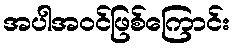
အပါအဝင်ဖြစ်ကြောင်း